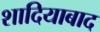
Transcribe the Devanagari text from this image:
शादियाबाद